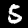
Digit: 5